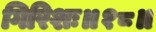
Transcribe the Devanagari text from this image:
गिरिशः॥१८॥